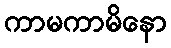
ကာမကာမိနော